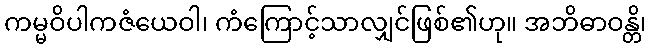
ကမ္မဝိပါကဇံယေဝါ၊ ကံကြောင့်သာလျှင်ဖြစ်၏ဟု။ အဘိဓာဝန္တိ၊